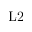
\mathrm { L 2 }